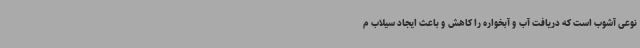
نوعی آشوب است که دریافت آب و آبخواره را کاهش و باعث ایجاد سیلاب م